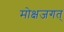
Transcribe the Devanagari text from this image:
मोक्षजगत्